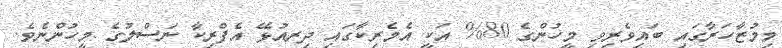
މިމުޒާހަރާގައި ބައިވެރިވި މީހުންގެ 80% އަކީ އެމެރިކާގައި ދިރއުޅޭ އެފްރިކާ ނަސްލުގެ މީހުންނެވެ.